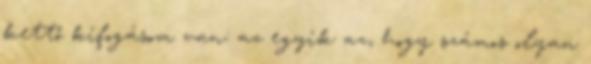
kettő kifogásom van: az egyik az, hogy számos olyan